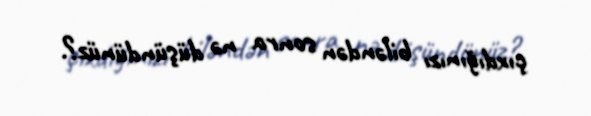
çıxdığınızı biləndən sonra nə düşündünüz?.